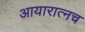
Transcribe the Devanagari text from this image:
आयारात्नच